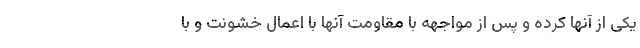
یکی از آنها کرده و پس از مواجهه با مقاومت آنها با اعمال خشونت و با